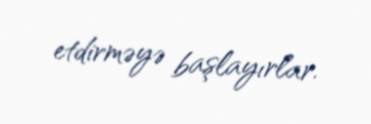
etdirməyə başlayırlar.